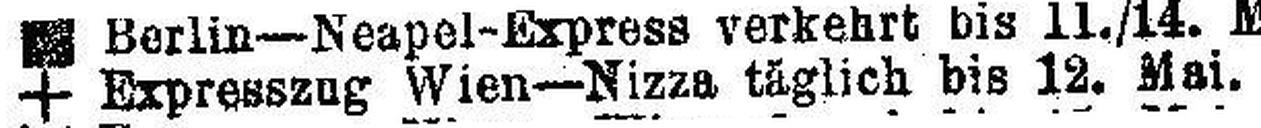
+ Expresszug Wien-Nizza täglich bis 12. Mai.